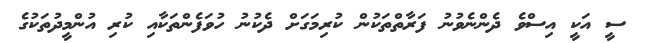
ސީ އަކީ އިސްވެ ދެންނެވުނު ފަރާތްތަކުން ކުރިމަގަށް ދެކުނު ހުވަފެންތަކާއި ކުރި އުންމީދުތަކުގެ